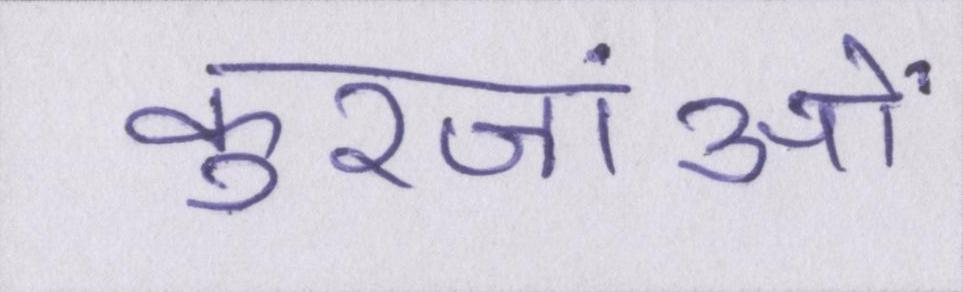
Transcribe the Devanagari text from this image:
कुरजांओं